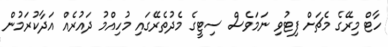
ހާޓް މިރޭގެ މެޗަށް ފިޓުވި ނަމަވެސް ސިޓީގެ މެދުތެރޭގައި މުހިއްމު ދައުރެއް އަދާކުރަމުން